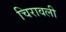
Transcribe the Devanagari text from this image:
चिरावली